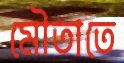
মৌতাতে